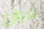
شوارع